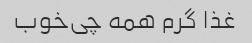
غذا گرم همه چی‌خوب